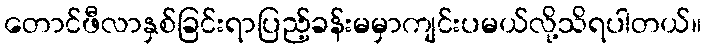
တောင်ဖီလာနှစ်ခြင်းရာပြည့်ခန်းမမှာကျင်းပမယ်လို့သိရပါတယ်။